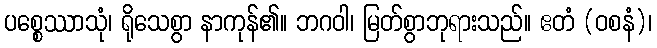
ပစ္စေဿာသုံ၊ ရိုသေစွာ နာကုန်၏။ ဘဂဝါ၊ မြတ်စွာဘုရားသည်။ ဧတံ (ဝစနံ)၊